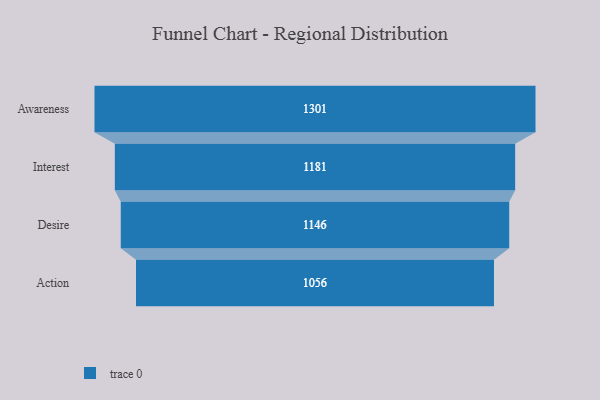
{"axis": {"x": "Stage", "y": "Value"}, "legend": [""], "data": [{"x": "Awareness", "y": 1301.0, "type": ""}, {"x": "Interest", "y": 1181.0, "type": ""}, {"x": "Desire", "y": 1146.0, "type": ""}, {"x": "Action", "y": 1056.0, "type": ""}]}